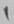
Text: 1